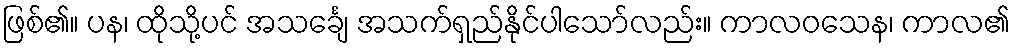
ဖြစ်၏။ ပန၊ ထိုသို့ပင် အသင်္ချေ အသက်ရှည်နိုင်ပါသော်လည်း။ ကာလဝသေန၊ ကာလ၏